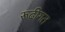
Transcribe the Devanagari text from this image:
रूढीगत